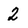
Character: 2